Indian journal of veterinary science and animal husbandry - Volume 8,
Year: 1938
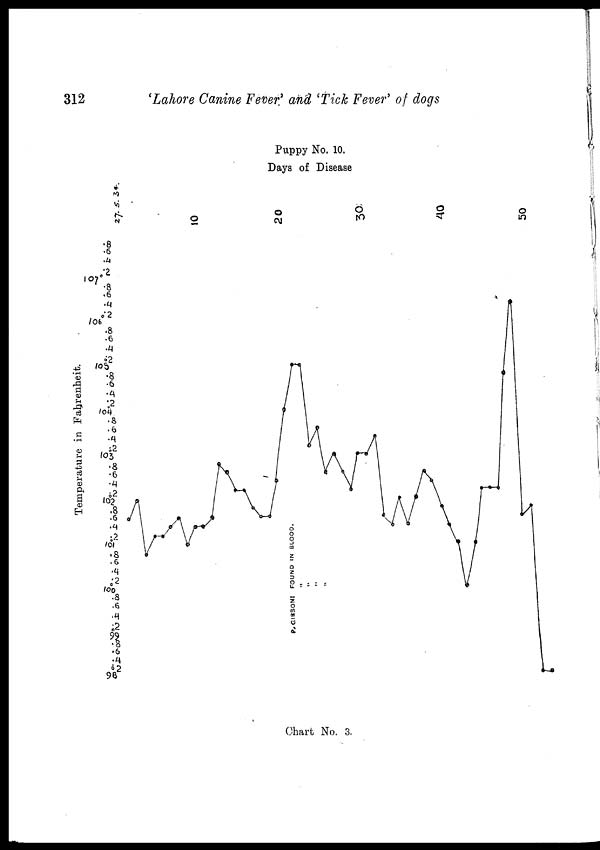
312
'Lahore Canine Fever' and 'Tick Fever' of dogs
Puppy No. 10.
Days of Disease
Chart No. 3.
Temperature in Fahrenheit.